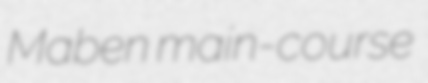
Maben main-course